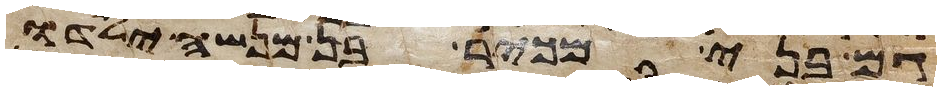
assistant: גם בני מכיר בן מנשה ילדו